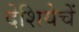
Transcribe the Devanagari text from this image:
देशियेचें